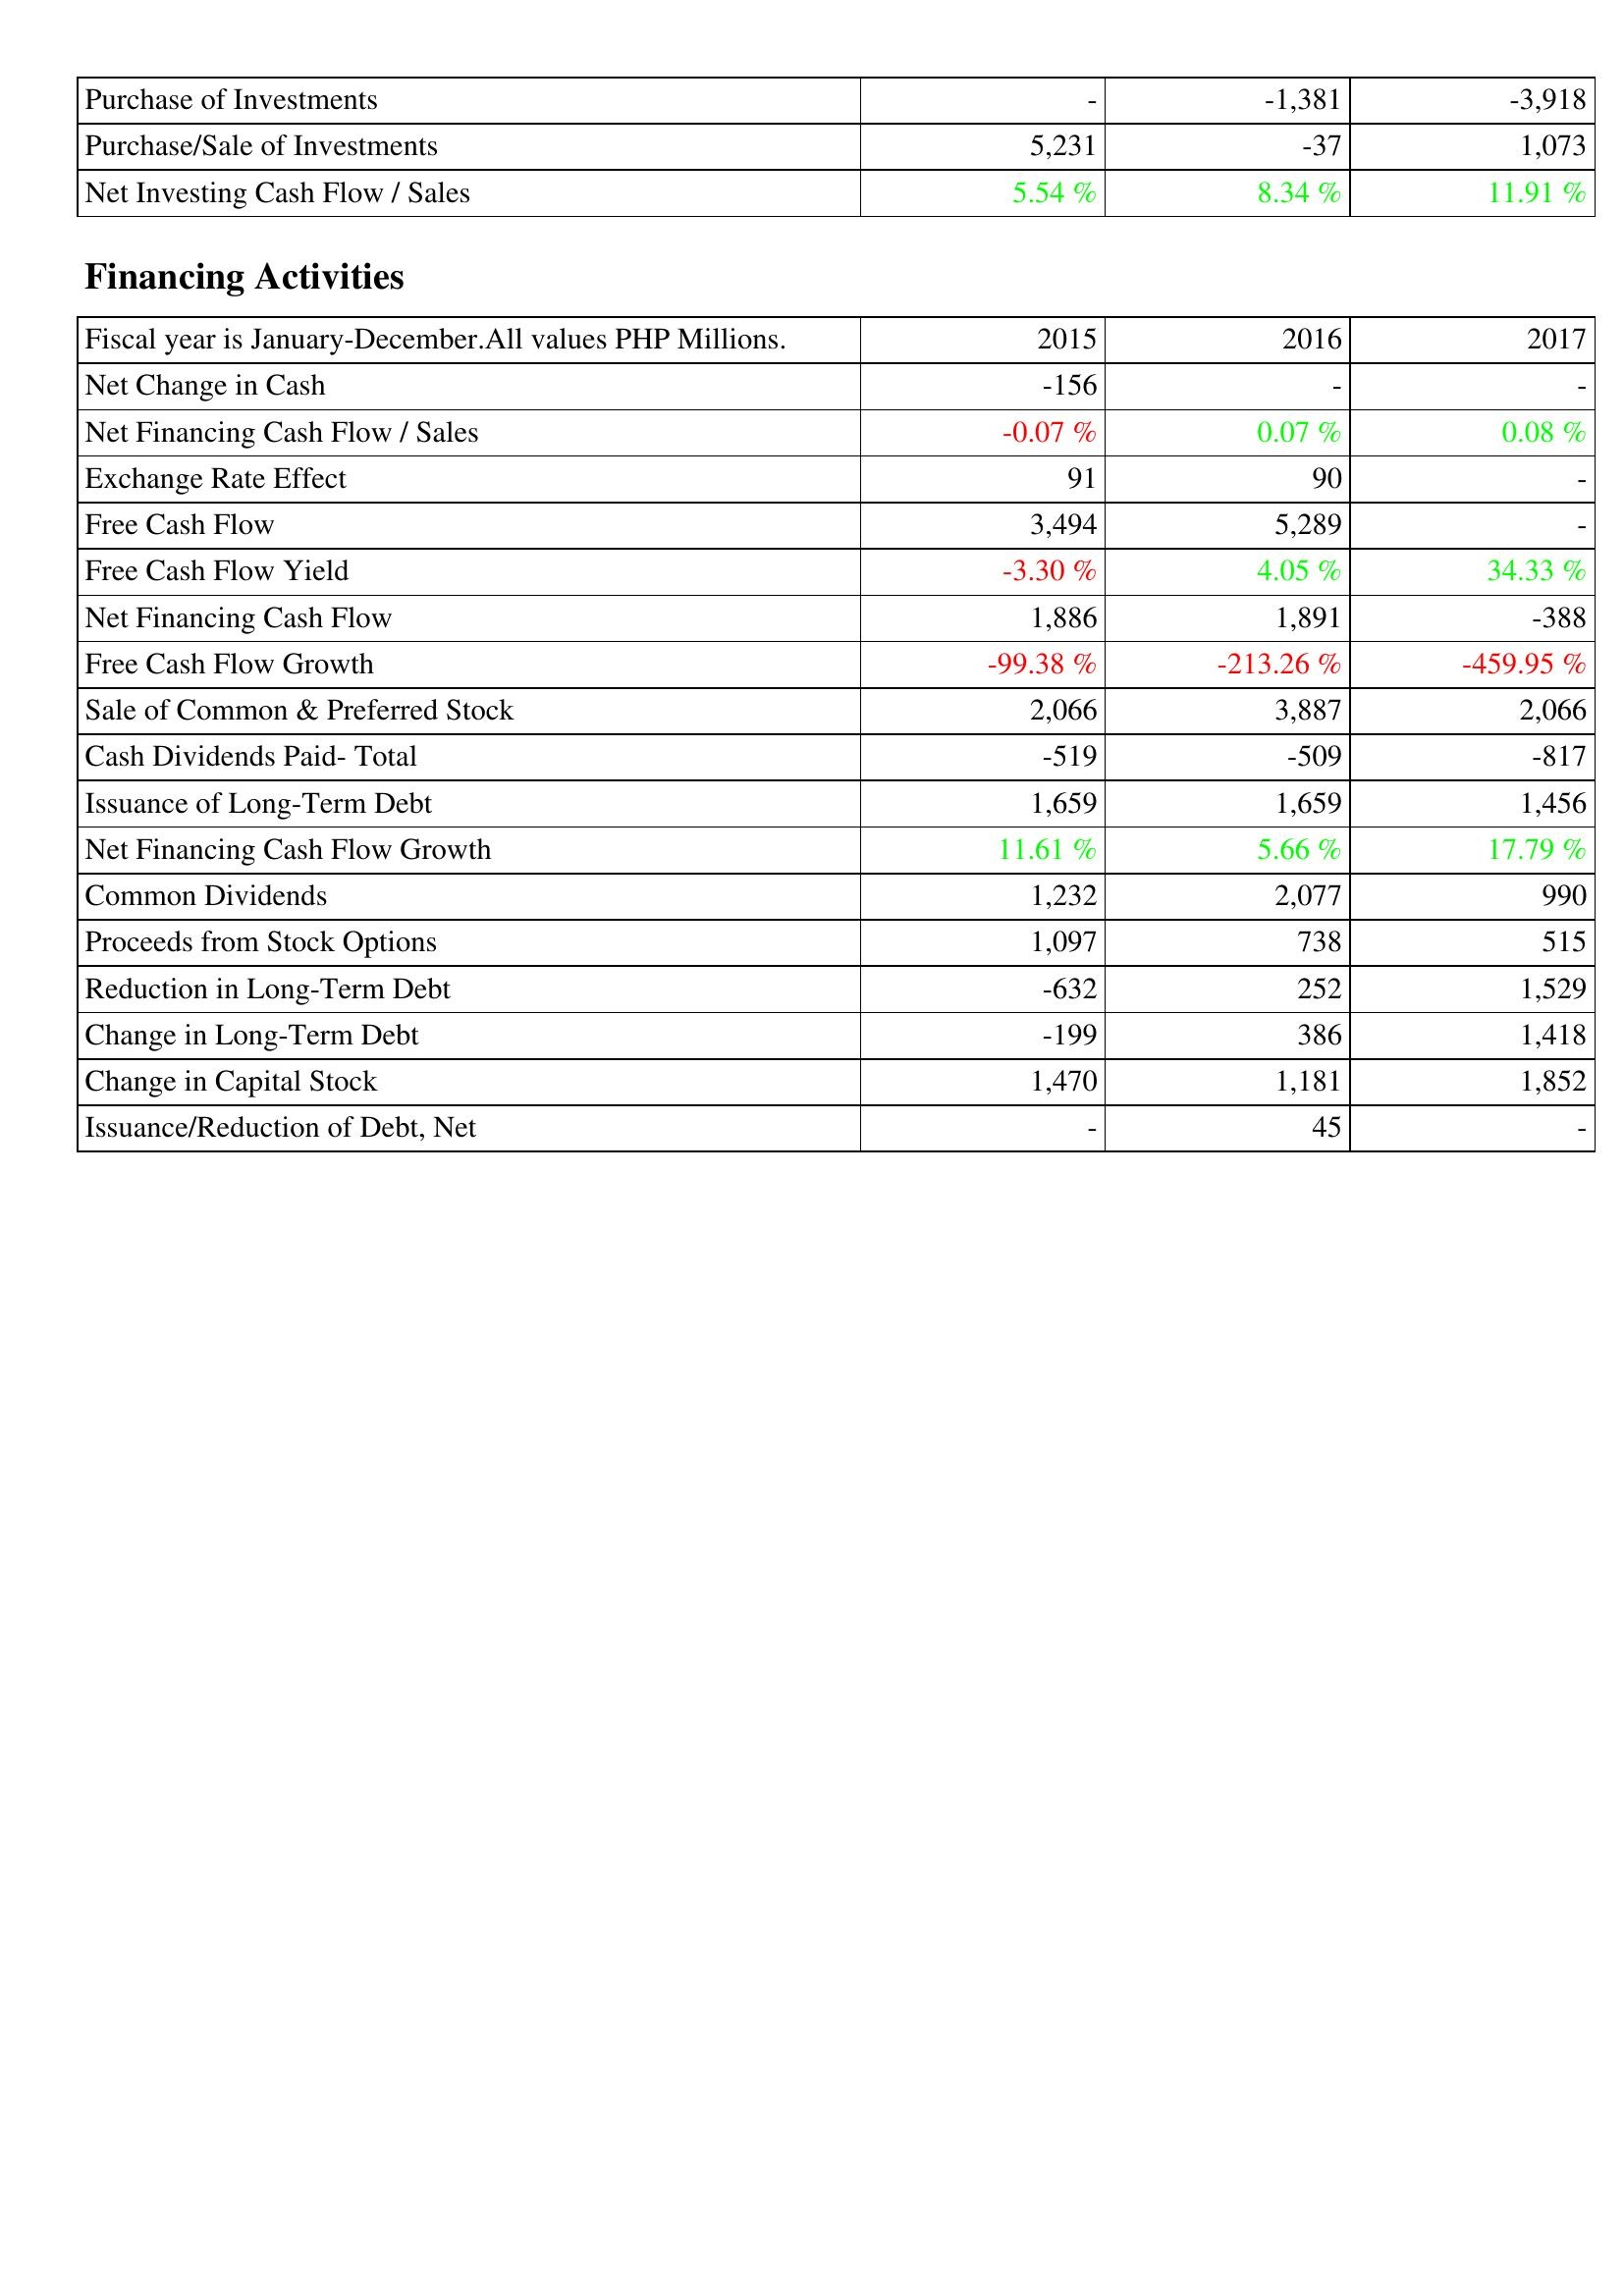
2015: Investing Activities: Purchase of Investments: -
Purchase/Sale of Investments: 5,231
Net Investing Cash Flow / Sales: 5.54 %
Financing Activities: Net Change in Cash: -156
Net Financing Cash Flow / Sales: -0.07 %
Exchange Rate Effect: 91
Free Cash Flow: 3,494
Free Cash Flow Yield: -3.30 %
Net Financing Cash Flow: 1,886
Free Cash Flow Growth: -99.38 %
Sale of Common & Preferred Stock: 2,066
Cash Dividends Paid- Total: -519
Issuance of Long-Term Debt: 1,659
Net Financing Cash Flow Growth: 11.61 %
Common Dividends: 1,232
Proceeds from Stock Options: 1,097
Reduction in Long-Term Debt: -632
Change in Long-Term Debt: -199
Change in Capital Stock: 1,470
Issuance/Reduction of Debt, Net: -
2016: Investing Activities: Purchase of Investments: -1,381
Purchase/Sale of Investments: -37
Net Investing Cash Flow / Sales: 8.34 %
Financing Activities: Net Change in Cash: -
Net Financing Cash Flow / Sales: 0.07 %
Exchange Rate Effect: 90
Free Cash Flow: 5,289
Free Cash Flow Yield: 4.05 %
Net Financing Cash Flow: 1,891
Free Cash Flow Growth: -213.26 %
Sale of Common & Preferred Stock: 3,887
Cash Dividends Paid- Total: -509
Issuance of Long-Term Debt: 1,659
Net Financing Cash Flow Growth: 5.66 %
Common Dividends: 2,077
Proceeds from Stock Options: 738
Reduction in Long-Term Debt: 252
Change in Long-Term Debt: 386
Change in Capital Stock: 1,181
Issuance/Reduction of Debt, Net: 45
2017: Investing Activities: Purchase of Investments: -3,918
Purchase/Sale of Investments: 1,073
Net Investing Cash Flow / Sales: 11.91 %
Financing Activities: Net Change in Cash: -
Net Financing Cash Flow / Sales: 0.08 %
Exchange Rate Effect: -
Free Cash Flow: -
Free Cash Flow Yield: 34.33 %
Net Financing Cash Flow: -388
Free Cash Flow Growth: -459.95 %
Sale of Common & Preferred Stock: 2,066
Cash Dividends Paid- Total: -817
Issuance of Long-Term Debt: 1,456
Net Financing Cash Flow Growth: 17.79 %
Common Dividends: 990
Proceeds from Stock Options: 515
Reduction in Long-Term Debt: 1,529
Change in Long-Term Debt: 1,418
Change in Capital Stock: 1,852
Issuance/Reduction of Debt, Net: -